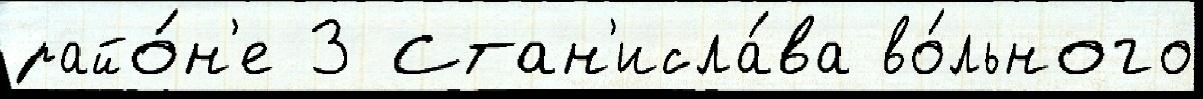
райо́н'е 3 Стан'исла́ва во́льного